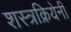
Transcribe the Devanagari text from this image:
शस्त्रक्रियेनी